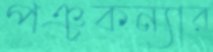
পঞ্চকন্যার